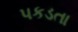
પકડતા